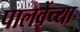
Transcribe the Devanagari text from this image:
पालवेंच्या